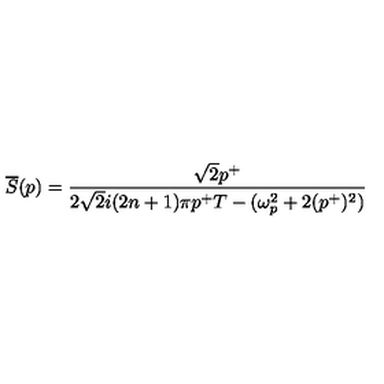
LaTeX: \overline { { S } } ( p ) = \frac { \sqrt { 2 } p ^ { + } } { 2 \sqrt { 2 } i ( 2 n + 1 ) \pi p ^ { + } T - ( \omega _ { p } ^ { 2 } + 2 ( p ^ { + } ) ^ { 2 } ) }